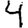
Digit: 4